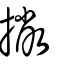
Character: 撇